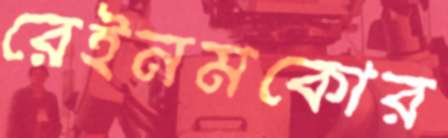
রেইনমকোর